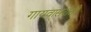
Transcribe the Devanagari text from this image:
गायवासरांसी